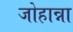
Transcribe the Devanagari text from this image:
जोहान्ना